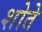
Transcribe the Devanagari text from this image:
शोते